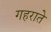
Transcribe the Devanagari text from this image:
गहराते